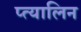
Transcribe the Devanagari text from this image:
प्त्यालिन